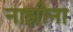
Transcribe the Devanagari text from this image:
नाझीना